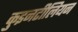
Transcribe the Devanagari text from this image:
कुइनटीलियन